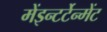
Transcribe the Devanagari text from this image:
मेंइन्टर्टेन्मेंट